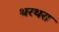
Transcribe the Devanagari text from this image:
थरथरा